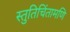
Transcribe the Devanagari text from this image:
स्तुतिचिंतामणि